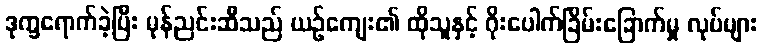
ဒုက္ခရောက်ခဲ့ပြီး မုန်ညင်းဆီသည် ယဉ်ကျေး၏ ထိုသူနှင့် ဂိုးပေါက်ခြိမ်းခြောက်မှု လုပ်များ